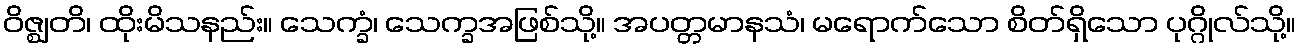
ဝိဇ္ဈတိ၊ ထိုးမိသနည်း။ သေက္ခံ၊ သေက္ခအဖြစ်သို့။ အပတ္တမာနသံ၊ မရောက်သော စိတ်ရှိသော ပုဂ္ဂိုလ်သို့။